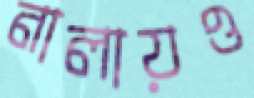
নালায়ও